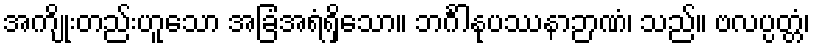
အကျိုးတည်းဟူသော အခြံအရံရှိသော။ ဘင်္ဂါနုပဿနာဉာဏံ၊ သည်။ ဗလပ္ပတ္တံ၊